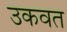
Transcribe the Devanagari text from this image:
उकवत